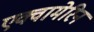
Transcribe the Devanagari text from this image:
एक्वामेरिन